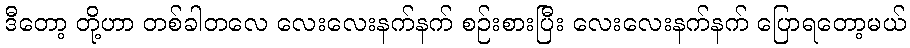
ဒီတော့ တို့ဟာ တစ်ခါတလေ လေးလေးနက်နက် စဉ်းစားပြီး လေးလေးနက်နက် ပြောရတော့မယ်